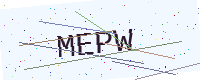
Text: MEPW